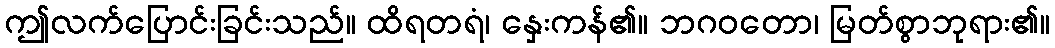
ဤလက်ပြောင်းခြင်းသည်။ ထိရတရံ၊ နှေးကန်၏။ ဘဂဝတော၊ မြတ်စွာဘုရား၏။